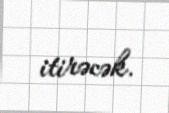
itirəcək.